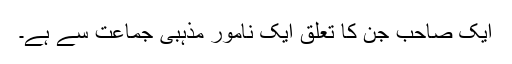
ایک صاحب جن کا تعلق ایک نامور مذہبی جماعت سے ہے۔